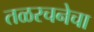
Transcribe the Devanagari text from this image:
तळरचनेचा